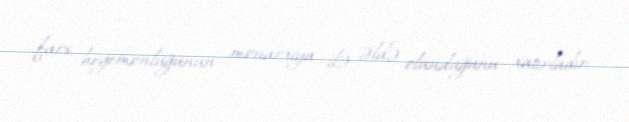
fars hegemonluğunun monarxiya ilə əldə olunduğunu xatırladır.